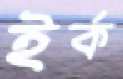
ইর্ক